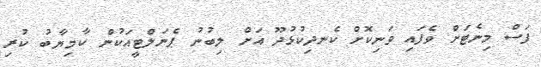
ފަސް މިނެޓަށް ވެފައި ވަނިކޮށް ކެނދިކުޅުދޫ އަށް ލިބުނު ޕެނަލްޓީއަކުން ކާމިޔާބު ކުރި